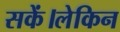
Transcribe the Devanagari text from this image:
सकें।लेकिन